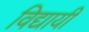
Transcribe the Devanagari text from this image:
विद्यायी